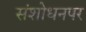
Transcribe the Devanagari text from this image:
संशाेधनपर